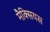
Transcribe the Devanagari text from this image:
मैक्सियस